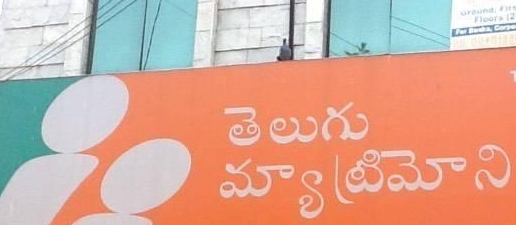
Language: telugu
Transcription: తెలుగు మ్యాట్రిమోని